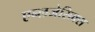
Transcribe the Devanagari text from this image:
एन्लजेसिक्स